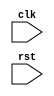
module apb_bus_controller (
    input clk,
    input rst,
    // Add input and output ports as needed
);

// Define internal signals and registers here

// Module implementation here

endmodule